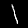
Digit: 1